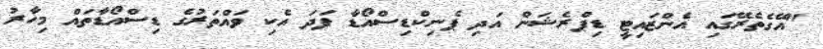
"އޭގެތެރޭގައި އެންޒައިޓީ ޑިޕްރެޝަން އަދި ޕެނިކްޑިސްއޯޑާ ފަދަ އެކި ވައްތަރުގެ ޑިސްއޯޑާތައް މިހާރު